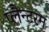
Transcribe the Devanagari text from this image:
प्लैन्टरम